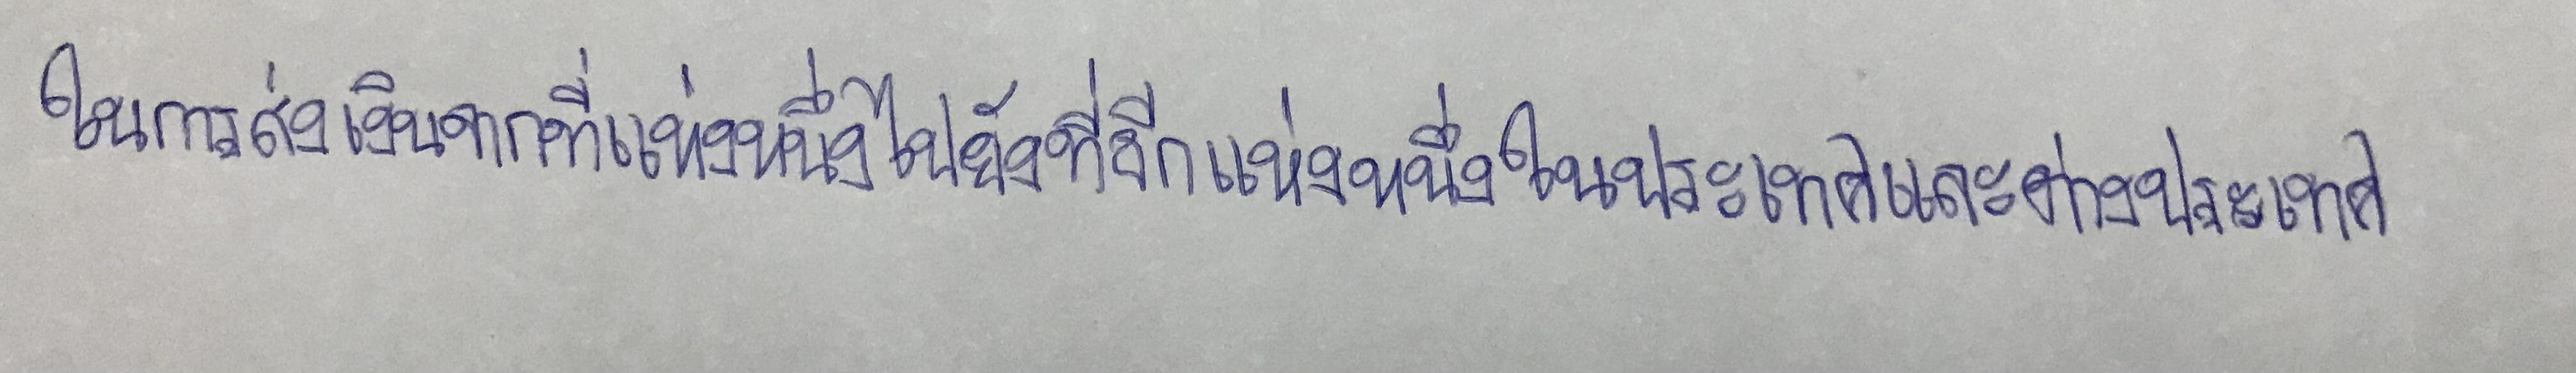
ในการส่งเงินจากที่แห่งหนึ่งไปยังที่อีกแห่งหนึ่งในประเทศและต่างประเทศ